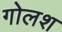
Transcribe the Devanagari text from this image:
गोलश